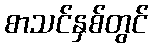
စာသင်နှစ်တွင်